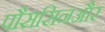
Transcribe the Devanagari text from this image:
पौससिनऔर